Jaan_Tonisson_(Lasteleht), lk 125
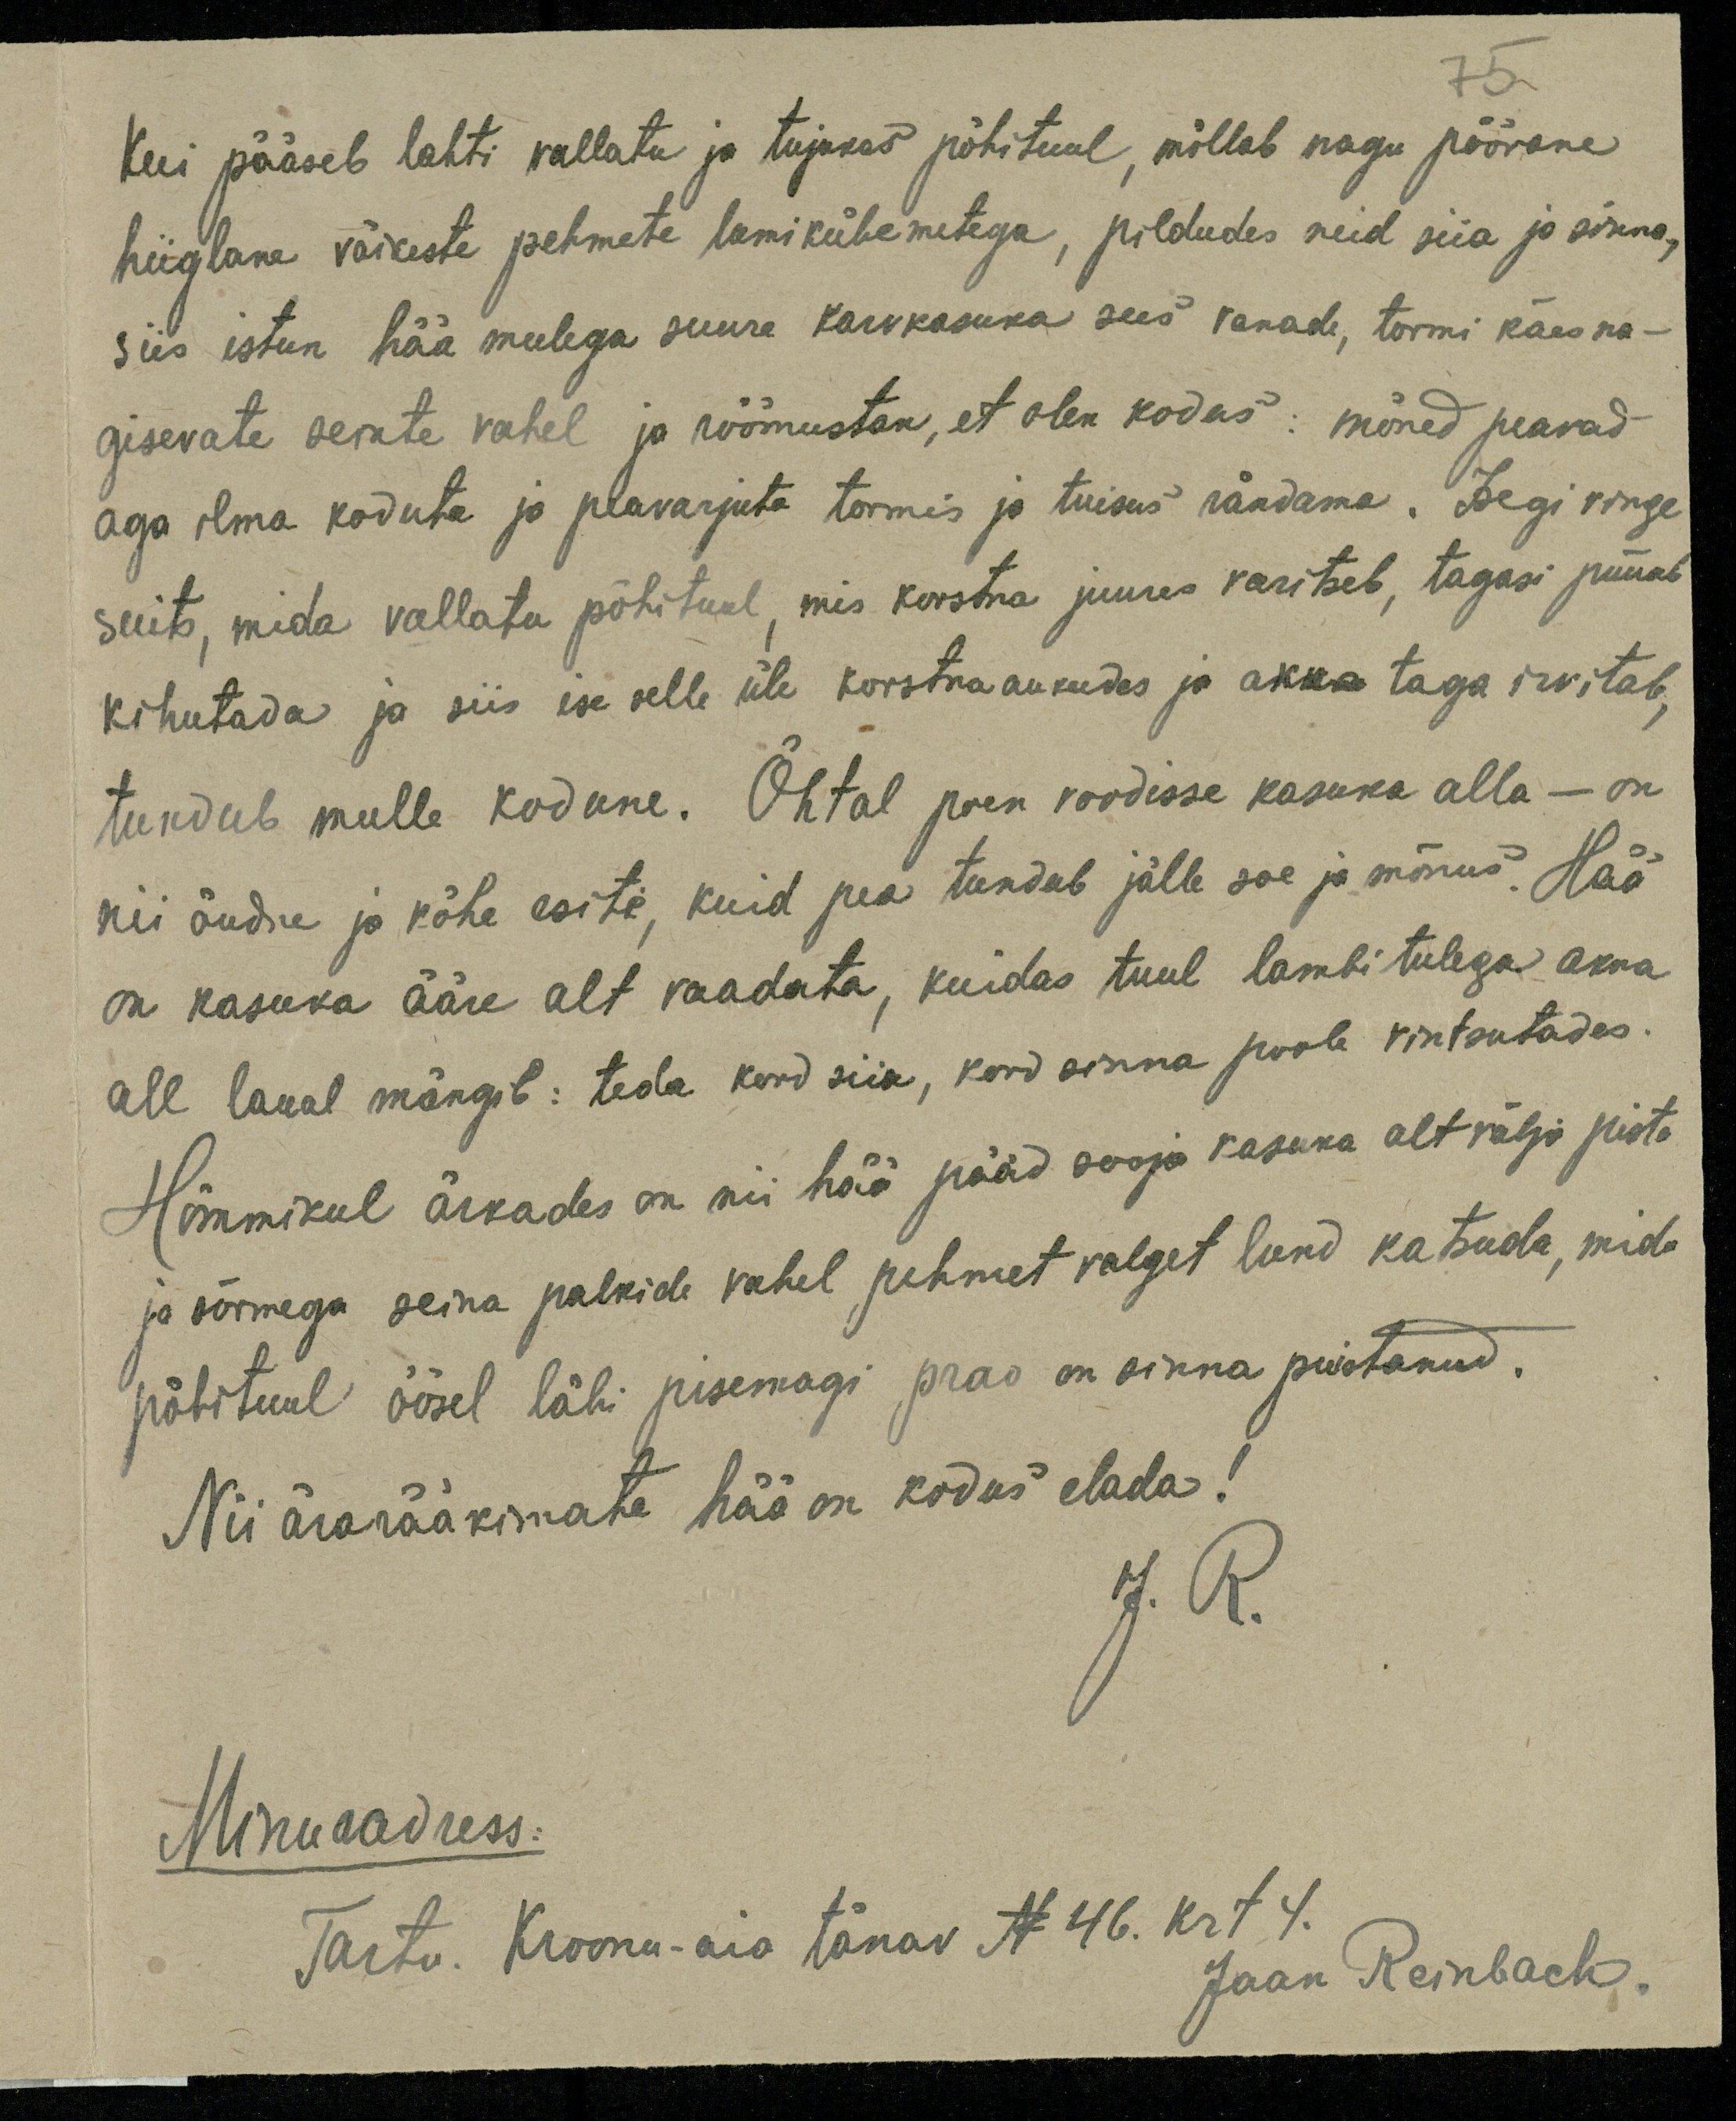
Kui pääseb lahti vallatu ja tujukas põhituul, möllab nagu pöörane
hiiglane väikeste pehmete lumikübemetega, pildudes neid siia ja sinna,
siis istun hää meelega suure karvkasuka sees vanade, tormi käes na-
gisevate seinte vahel ja rõõmustan, et olen kodus: mõned peavad
aga ilma koduta ja peavarjuta tormis ja tuisus rändama. Isegi vinge
suits, mida vallatu põhituul, mis korstna juures varitseb, tagasi püüab
kihutada ja siis ise selle üle korstnaaukudes ja akna taga irvitab,
tundub mulle kodune. Õhtal poen voodisse kasuka alla - on
nii õudne ja kõhe esite, kuid pea tundub jälle soe ja mõnus. Hää
on kasuka ääre alt vaadata, kuidas tuul lambitulega akna
all laual mängib: teda kord siia, kord sinna poole vintsutades.
Hommikul ärkades on nii hää pääd sooja kasuka alt välja pista
ja sõrmega seina palkide vahel pehmet valget lund katsuda, mida
põhituul öösel läbi pisemagi prao on sinna puistanud.
Nii ärarääkimata hää on kodus elada!
J. R.
Minu aadress:
Tartu. Kroonu-aia tänav N 46. krt 4.
Jaan Reinbach.